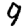
Digit: 9